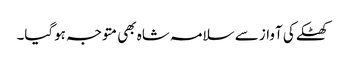
کھٹکے کی آواز سے سلامہ شاہ بھی متوجہ ہوگیا۔